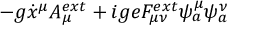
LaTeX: - g \dot { x } ^ { \mu } A _ { \mu } ^ { e x t } + i g e F _ { \mu \nu } ^ { e x t } \psi _ { a } ^ { \mu } \psi _ { a } ^ { \nu }